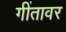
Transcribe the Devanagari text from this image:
गींतावर